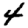
Digit: 4